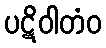
ပဋိဝါတံဝ